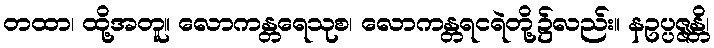
တထာ၊ ထို့အတူ။ လောကန္တရေသုစ၊ လောကန္တရငရဲတို့၌လည်း။ နဥပ္ပဇ္ဇန္တိ၊